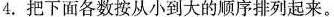
4.把下面各数按从小到大的顺序排列起来。